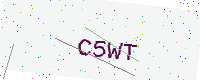
Text: C5WT